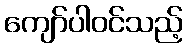
ကျော်ပါဝင်သည့်